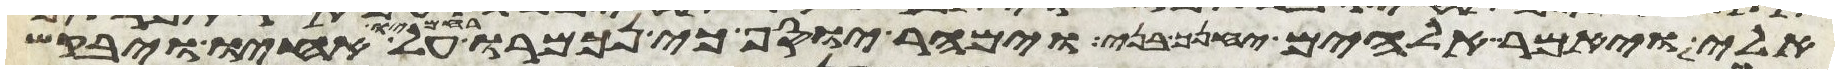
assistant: אלי ויאמר אלהים יחנך בני וימהר יוסף כי נכמרו רחמיו על אחיו ויבקש